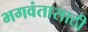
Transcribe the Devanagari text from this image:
भगवंतासाठी